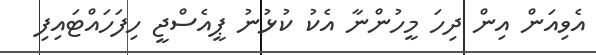
އެވިއަން އިން ދިހަ މީހުންނާ އެކު ކުޅުނު ޕީއެސްޖީ ހިފަހައްޓައިފި